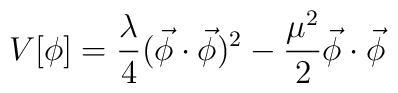
V[\phi] = \frac{\lambda}{4}(\vec\phi \cdot \vec\phi)^2 -\frac{\mu^2}{2}\vec\phi \cdot \vec\phi \,